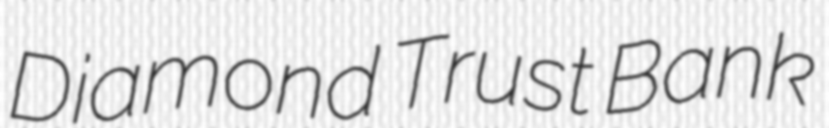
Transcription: Diamond Trust Bank